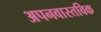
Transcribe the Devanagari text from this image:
अपनवास्तविक